Insane asylums in Bengal annual reports 1867-1875 - 1867-1875
Year: 1867
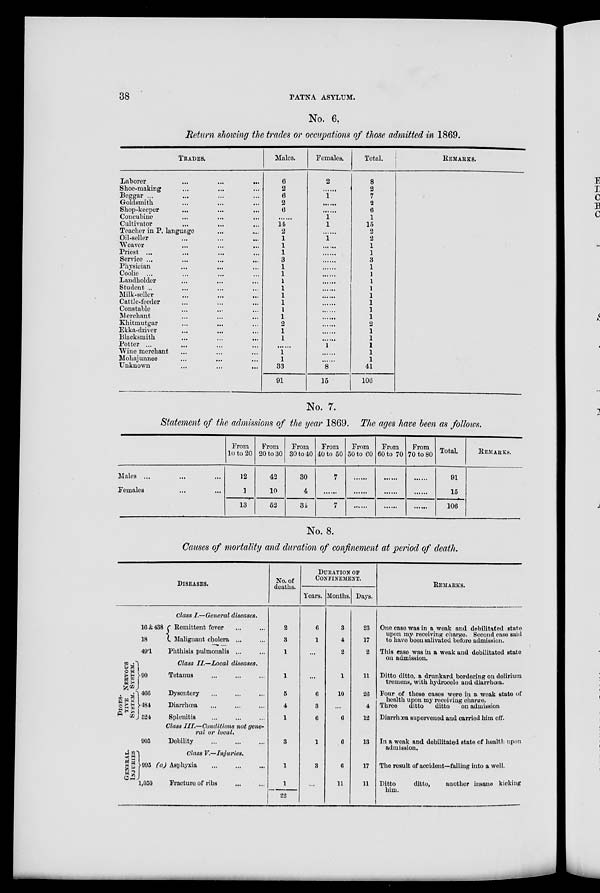
38
PATNA ASYLUM.
No. 6.
Return showing the trades or occupations of those admitted in 1869.
TRADES.
Laborer ... ... ...
Shoe-making ... ... ...
Beggar ... ... ... ...
Goldsmith ... ... ...
Shop-keeper ... ... ...
Concubine ... ... ...
Cultivator ... ... ...
Teacher in P. language
...
...
Oil-seller ... ... ...
Weaver ... ... ... ...
Priest ... ... ... ...
Service ... ... ... ...
Physician ... ... ...
Coolie ... ... ... ...
Landholder ... ... ...
Student ... ... ... ...
Milk-seller ... ... ...
Cattle-feeder ... ... ...
Constable ... ... ...
Merchant ... ... ...
Khitmutgar ... ... ...
Ekka-driver ... ... ...
Blacksmith ... ... ...
Potter ... ... ... ...
Wine merchant ... ... ...
Mohajunnee ... ... ...
Unknown ... ... ...
Males.
6
2
6
2
6
......
14
2
1
1
1
3
1
1
1
1
1
1
1
1
2
1
1
......
1
1
33
91
Females.
2
......
1
......
......
1 1
......
1
......
......
......
......
......
......
......
......
......
......
......
......
......
......
1
......
......
8
15
Total.
8
2
7
2
6
1
15
2
2
1
1
3
1
1
1
1
1
1
1
1
2
1
1
1
1
1
41
106
REMARKS.
No. 7.
Statement of the admissions of the year 1869. The ages have been as follows.
Males ... ... ...
Females ... ...
From
10 to 20
12
1
13
From
20 to 30
42
10
52
From
30 to 40
30
4
34
From
40 to 50
7
......
7
From
50 to 60
......
......
......
From
60 to 70
......
......
......
From
70 to 80
......
......
......
Total.
91
15
106
REMARKS.
No. 8.
Causes of mortality and duration of confinement at period of death.
DISEASES.
NERVOUS
SYSTEM.
DIGES-
----
SYSTEM.
GE NE RAL .
INJ URIES
16&438
18
49.1
90
466
484
524
905
995
1,050
Class I.—General diseases.
Remittent fever ... ...
Malignant cholera ... ...
Phthisis pulmonalis ... ...
Class II.—Local diseases.
Tetanus ... ... ...
Dysentery ... ... ...
Diarrhœa ... ... ...
Splenitis ... ... ...
Class III.—Conditions not gene-
ral or local.
Debility ... ... ...
Class V.—Injuries.
(a) Asphyxia ... ... ...
Fracture of ribs ... ...
No. of
deaths.
2
3
1
1
5
4
1
3
1
1
22
DURATION OF
CONFINEMENT.
Years.
6
1
...
...
6
3
6
1
3
...
Months.
3
4
2
1
10
...
6
6
6
11
Days.
23
17
2
11
26
4
12
13
17
11
REMARKS.
One case was in a weak and debilitated state
upon my receiving charge. Second case said
to have been salivated before admission.
This case was in a weak and debilitated state
on admission.
Ditto ditto, a drunkard bordering on delirium
tremens, with hydrocele and diarrhœa.
Four of these cases were in a weak state of
health upon my receiving charge.
Three
ditto
ditto
on admission
Diarrhœa supervened and carried him off.
In a weak and debilitated state of health upon
admission.
The result of accident—falling into a well.
Ditto
ditto,
another insane kicking
him.